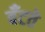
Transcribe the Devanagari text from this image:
बँटते